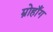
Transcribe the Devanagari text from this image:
म्रोहाँग